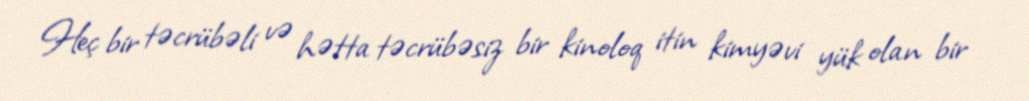
Heç bir təcrübəli və hətta təcrübəsiz bir kinoloq itin kimyəvi yük olan bir